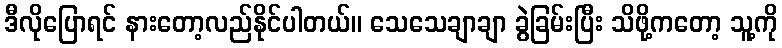
ဒီလိုပြောရင် နားတော့လည်နိုင်ပါတယ်။ သေသေချာချာ ခွဲခြမ်းပြီး သိဖို့ကတော့ သူ့ကို